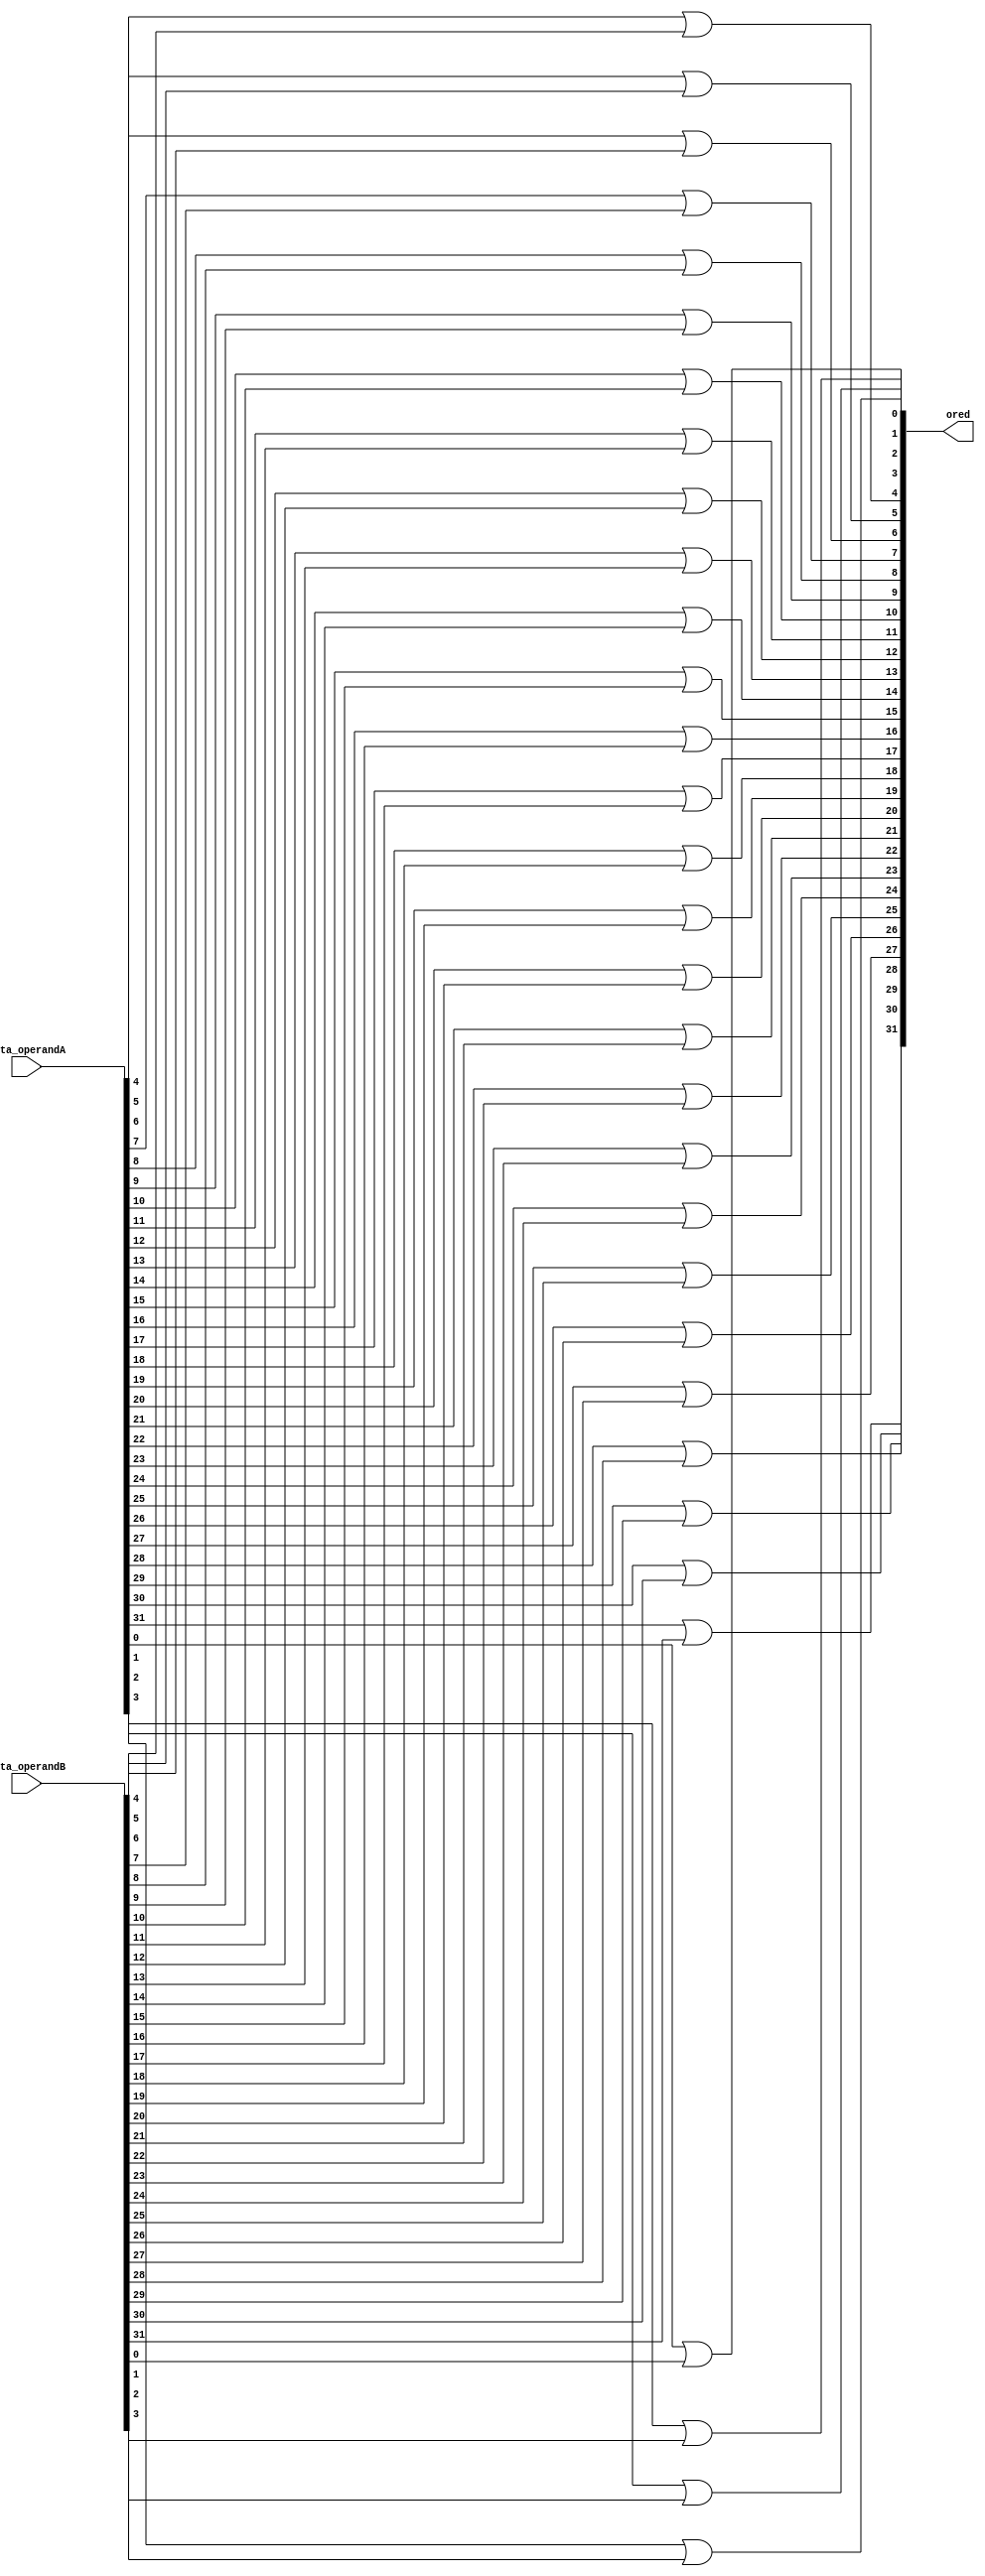
    module orer(data_operandA, data_operandB, ored);

        input [31:0] data_operandA, data_operandB;
        output [31:0] ored;

        or OR0(ored[0], data_operandA[0], data_operandB[0]);
        or OR1(ored[1], data_operandA[1], data_operandB[1]);
        or OR2(ored[2], data_operandA[2], data_operandB[2]);
        or OR3(ored[3], data_operandA[3], data_operandB[3]);
        or OR4(ored[4], data_operandA[4], data_operandB[4]);
        or OR5(ored[5], data_operandA[5], data_operandB[5]);
        or OR6(ored[6], data_operandA[6], data_operandB[6]);
        or OR7(ored[7], data_operandA[7], data_operandB[7]);
        or OR8(ored[8], data_operandA[8], data_operandB[8]);
        or OR9(ored[9], data_operandA[9], data_operandB[9]);
        or OR10(ored[10], data_operandA[10], data_operandB[10]);
        or OR11(ored[11], data_operandA[11], data_operandB[11]);
        or OR12(ored[12], data_operandA[12], data_operandB[12]);
        or OR13(ored[13], data_operandA[13], data_operandB[13]);
        or OR14(ored[14], data_operandA[14], data_operandB[14]);
        or OR15(ored[15], data_operandA[15], data_operandB[15]);
        or OR16(ored[16], data_operandA[16], data_operandB[16]);
        or OR17(ored[17], data_operandA[17], data_operandB[17]);
        or OR18(ored[18], data_operandA[18], data_operandB[18]);
        or OR19(ored[19], data_operandA[19], data_operandB[19]);
        or OR20(ored[20], data_operandA[20], data_operandB[20]);
        or OR21(ored[21], data_operandA[21], data_operandB[21]);
        or OR22(ored[22], data_operandA[22], data_operandB[22]);
        or OR23(ored[23], data_operandA[23], data_operandB[23]);
        or OR24(ored[24], data_operandA[24], data_operandB[24]);
        or OR25(ored[25], data_operandA[25], data_operandB[25]);
        or OR26(ored[26], data_operandA[26], data_operandB[26]);
        or OR27(ored[27], data_operandA[27], data_operandB[27]);
        or OR28(ored[28], data_operandA[28], data_operandB[28]);
        or OR29(ored[29], data_operandA[29], data_operandB[29]);
        or OR30(ored[30], data_operandA[30], data_operandB[30]);
        or OR31(ored[31], data_operandA[31], data_operandB[31]);

    endmodule